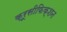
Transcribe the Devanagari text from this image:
क्रूसीफिक्शन